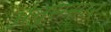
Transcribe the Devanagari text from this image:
अनुससार